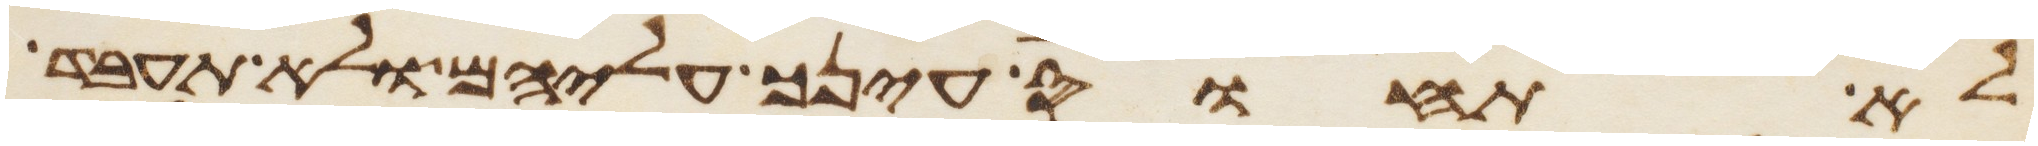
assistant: לא תחוס עינך עליהם ולא תעבד